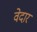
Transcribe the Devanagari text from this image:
वेदार